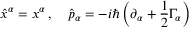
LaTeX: \hat { x } ^ { \alpha } = x ^ { \alpha } \, , \quad \hat { p } _ { \alpha } = - i \hbar \left( \partial _ { \alpha } + \frac { 1 } { 2 } \Gamma _ { \alpha } \right)